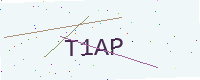
Text: T1AP